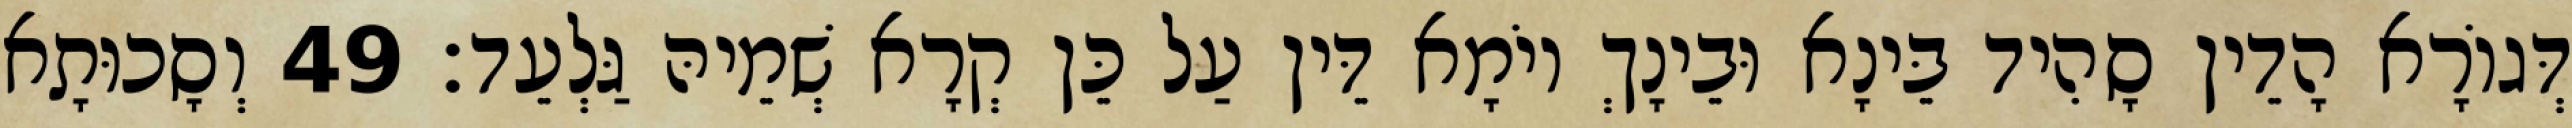
דְּגוֹרָא הָדֵין סָהִיד בֵּינָא וּבֵינָךְ יוֹמָא דֵּין עַל כֵּן קְרָא שְׁמֵיהּ גַּלְעֵד׃ 49 וְסָכוּתָא